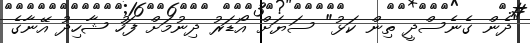
"ދެން ގެނެސްދީ ތިން ކަޅު" ސަޔަށް އޯޑަރު ދިނުމަށް ފަހު ޝާހިދު އޭނާގެ